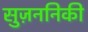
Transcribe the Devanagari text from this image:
सुज़ननिकी